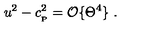
u ^ { 2 } - c _ { _ \mathrm { P } } ^ { 2 } = { \cal O } \{ \Theta ^ { 4 } \} \ .